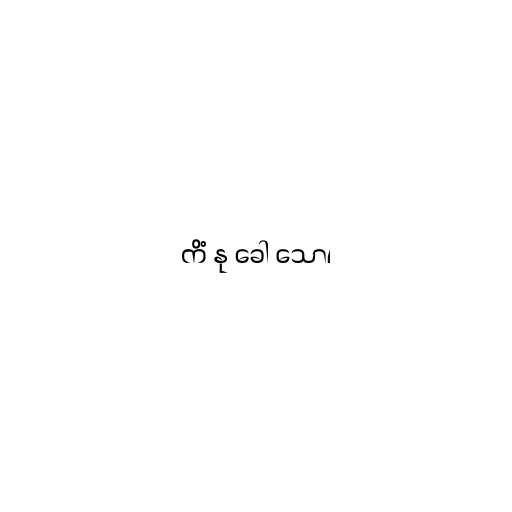
ကိံ နု ခေါ သော၊